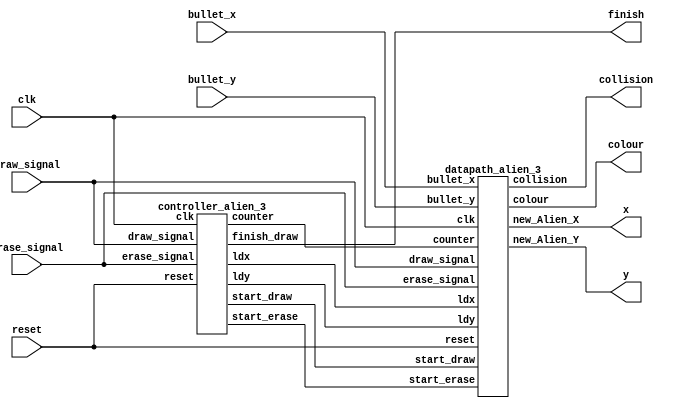
module alien_3(clk, reset, bullet_x, bullet_y, draw_signal, erase_signal, finish, collision, x, y, colour);

	input clk, reset;
	input [8:0] bullet_x;
	input [7:0] bullet_y;
	output finish, collision;
	input draw_signal, erase_signal;
	wire start_draw, start_erase;
	wire ldx, ldy;
	wire [5:0] counter;
	
	output wire [2:0] colour;
	output wire [8:0] x;
	output wire [7:0] y;
	
	//datapath
	datapath_alien_3 d_alien(
				.clk(clk),
				.reset(reset),
				.bullet_x(bullet_x),
				.bullet_y(bullet_y),
				.new_Alien_X(x),
				.new_Alien_Y(y),
				.ldx(ldx),
				.ldy(ldy),
				.draw_signal(draw_signal),
				.erase_signal(erase_signal),
				.colour(colour),
				.start_draw(start_draw),
				.start_erase(start_erase),
				.collision(collision),
				.counter(counter));
	//controller
	controller_alien_3 c_alien(
				.clk(clk),
				.reset(reset),
				.ldx(ldx),
				.ldy(ldy),
				.draw_signal(draw_signal),
				.erase_signal(erase_signal),
				.start_draw(start_draw),
				.start_erase(start_erase),
				.counter(counter),
				.finish_draw(finish));		
endmodule

module datapath_alien_3(clk, reset, bullet_x, bullet_y, new_Alien_X, new_Alien_Y, ldx, ldy, draw_signal, erase_signal, colour, start_draw, start_erase, collision, counter);
	//Alien sprite
	reg [8:0] Alien_X = 9'd160;
	reg [7:0] Alien_Y = 8'd0;
	
	//clock and reset
	input clk, reset;
	
	//direction of alien, 0 means left, 1 means right
	reg direction = 1'b0;
	reg bump = 1'b0;
	//colour wires
	output reg [2:0] colour;
	
	//enable signals
	input ldx, ldy, draw_signal, erase_signal, start_draw, start_erase;
	input [5:0] counter;
	
	//bullet
	input [8:0] bullet_x;
	input [7:0] bullet_y;
	
	//register used for drawing the sprites
	output reg [8:0] new_Alien_X;
	output reg [7:0] new_Alien_Y;
	
	output reg collision = 1'b0;
	
	
	//determines the new position of the player sprite whenever its ready to draw, collision is implemented as well
	always @(posedge draw_signal)
	begin
		if(!reset || collision) begin
			Alien_X <= 9'd160;
			Alien_Y <= 8'd0;
			
		end
		else if(Alien_X == 9'd309 && direction == 1'b0 && bump == 1'b1) begin
			Alien_X <= Alien_X - 1;
			bump <= 1'b0;
		end
		else if(Alien_X == 9'd0 && direction == 1'b1 && bump == 1'b1) begin
			Alien_X <= Alien_X + 1;
			bump <= 1'b0;
		end
		else if(Alien_X == 9'd0 && direction == 1'b0) begin
			Alien_Y <= Alien_Y + 1;
			direction <= 1'b1;
			bump <= 1'b1;
		end
		else if(Alien_X == 9'd309 && direction == 1'b1) begin
			Alien_Y <= Alien_Y + 1;
			direction <= 1'b0;
			bump <= 1'b1;
		end
		else begin
			if(direction)
				Alien_X <= Alien_X + 1;
			else if(!direction)
				Alien_X <= Alien_X - 1;
		end
		
	end

	//Drawing the ships
	always @(posedge clk)
	begin
		if (!reset)
			collision <= 1'b0;
		if (Alien_X > bullet_x + 1 || bullet_x > Alien_X + 9)
			collision <= 1'b0;
		else if (Alien_Y < bullet_y + 2 || bullet_y < Alien_Y + 3)
			collision <= 1'b0;
		else
			collision <= 1'b1;
	end
	
	always @(posedge clk)
	begin
		if(!reset) begin
			new_Alien_X <= 9'd0;
			new_Alien_Y <= 8'd0;
		end
		if(ldx)
			new_Alien_X <= Alien_X;
		if(ldy)
			new_Alien_Y <= Alien_Y;
		if(draw_signal)
			colour <= 3'b101;
		if(erase_signal || collision)
			colour <= 3'b000;
		//Sends appropriate coordinates to VGA adapter
		if(start_draw || start_erase) begin
			if(counter < 6'd10)
				new_Alien_X <= new_Alien_X + 1;
			else if(counter == 6'd10) begin
				new_Alien_X <= Alien_X;
				new_Alien_Y <= new_Alien_Y + 1;
			end
			else if(counter < 6'd20)
				new_Alien_X <= new_Alien_X + 1'b1;
			else if(counter == 6'd20) begin
				new_Alien_X <= Alien_X;
				new_Alien_Y <= new_Alien_Y + 1'b1;
			end
			else if(counter < 6'd30)
				new_Alien_X <= new_Alien_X + 1'b1;
			else if(counter == 6'd30) begin
				new_Alien_X <= Alien_X;
				new_Alien_Y <= new_Alien_Y + 1'b1;
			end
			else if(counter < 6'd40)
				new_Alien_X <= new_Alien_X + 1'b1;
		end
	end
endmodule
		
module controller_alien_3(clk, reset, ldx, ldy, draw_signal, erase_signal, start_draw, start_erase, counter, finish_draw);
		input clk;
		input reset;
		
		input draw_signal, erase_signal;
		
		//enable signals
		output reg ldx, ldy, start_draw, start_erase;
		output reg [5:0] counter = 6'd0;
		
		//wires to indicate when its finished drawing
		output reg finish_draw;
		reg finish_erase, start_counter;
		
		//FSM state registers
		reg [2:0] current_state, next_state;
		
		//FSM states
		localparam  LOAD_X_DRAW = 3'd0,
						LOAD_Y_DRAW = 3'd1,
						DRAW_WAIT = 3'd2,
						DRAW = 3'd3,
						LOAD_X_ERASE = 3'd4,
						LOAD_Y_ERASE = 3'd5,
						ERASE_WAIT = 3'd6,
						ERASE = 3'd7;
		//State table			
		always @(*)
		begin: state_table
			case(current_state)
				LOAD_X_DRAW: next_state = draw_signal ? LOAD_Y_DRAW : LOAD_X_DRAW;
				LOAD_Y_DRAW: next_state = DRAW_WAIT;
				DRAW_WAIT: next_state = DRAW;
				DRAW: next_state = erase_signal ? LOAD_X_ERASE : DRAW;
				LOAD_X_ERASE: next_state = LOAD_Y_ERASE;
				LOAD_Y_ERASE: next_state = ERASE_WAIT;
				ERASE_WAIT : next_state = ERASE;
				ERASE: next_state = finish_erase ? LOAD_X_DRAW : ERASE;
				default: next_state = LOAD_X_DRAW;
			endcase
		end
		
		//Output Logic (datapath)
		always @(*)
		begin: enable_signals
			ldx = 1'b0;
			ldy = 1'b0;
			start_draw = 1'b0;
			finish_draw = 1'b0;
			start_erase = 1'b0;
			finish_erase = 1'b0;
			start_counter = 1'b0;
			case(current_state)
				LOAD_X_DRAW: begin
					ldx = 1'b1;
				end
				LOAD_Y_DRAW: begin
					ldy = 1'b1;
				end
				DRAW_WAIT: begin
					start_counter = 1'b1;
				end
				DRAW: begin
					//starts counter and starts drawing
					start_counter = 1'b1;
					//finished drawing
					if(counter == 6'd40) begin
						start_draw = 1'b0;
						finish_draw = 1'b1;
						start_counter = 1'b0;
					end
					//starts or continues drawing
					else if(!finish_draw)
						start_draw = 1'b1;
				end
				LOAD_X_ERASE: begin
					ldx = 1'b1;
				end
				LOAD_Y_ERASE: begin
					ldy = 1'b1;
				end
				ERASE_WAIT: begin
					start_counter = 1'b1;
				end
				ERASE: begin
					start_counter = 1'b1;
					//starts counter and starts erasing
					//finishes erasing
					if(counter == 6'd40) begin
						start_erase = 1'b0;
						finish_erase = 1'b1;
						start_counter = 1'b0;
					end
					//starts or continues erasing
					else if(!finish_erase)
						start_erase = 1'b1;
				end
			endcase
		end
		
		//counter used to draw the player sprite
		always @(posedge clk)
		begin
			if(start_counter) begin
				if(counter == 6'd40)
					counter <= 6'd1;
				else
					counter <= counter + 1;
			end
		end
		
		//current state registers
		always@(posedge clk)
		begin: state_FFS
		if(!reset)
			current_state <= LOAD_X_DRAW;
		else
			current_state <= next_state;
		end
endmodule